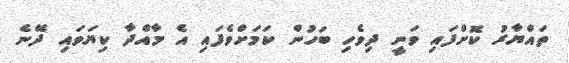
ތައްޔާރު ކޮށްފައި ވަނީ ދިވެހި ބަހުން ކަމަށްވެފައި އެ މާއްދާ ކިޔަވައި ދޭނެ